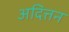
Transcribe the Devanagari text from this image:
अदित्तन